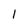
Character: 1